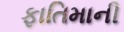
ફાતિમાની